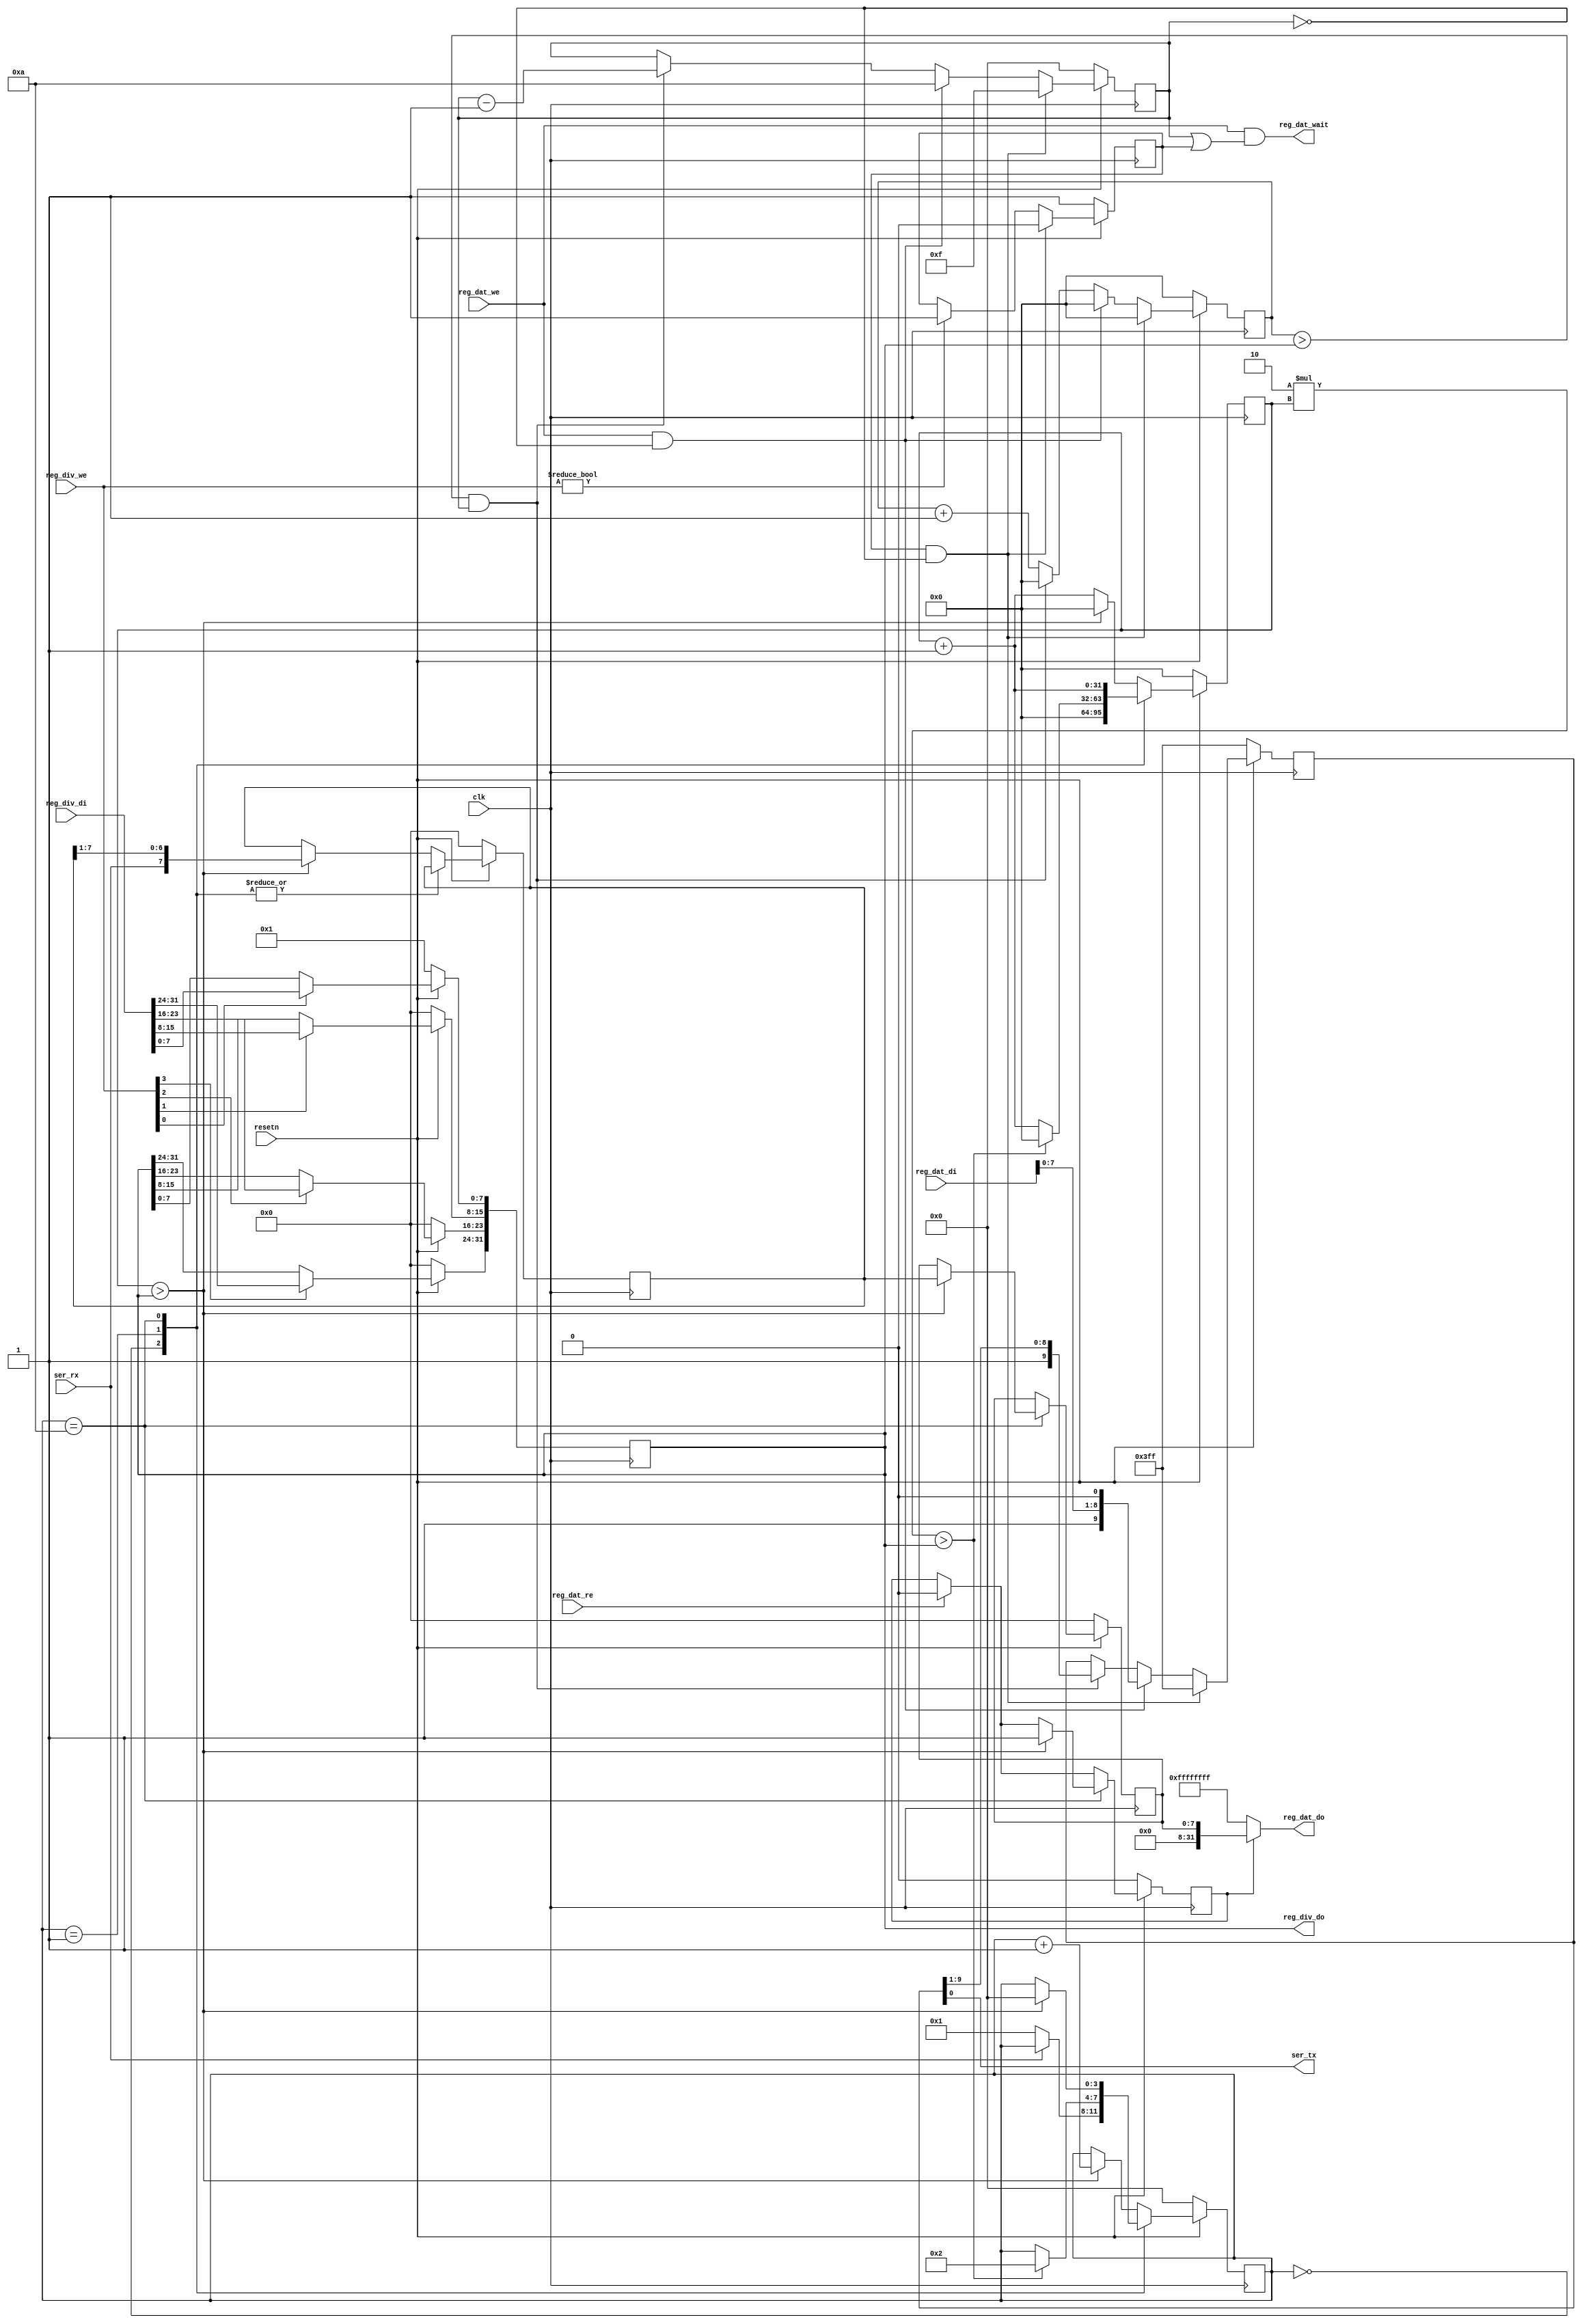
module simpleuart (
	input clk,
	input resetn,

	output ser_tx,
	input  ser_rx,

	input   [3:0] reg_div_we,
	input  [31:0] reg_div_di,
	output [31:0] reg_div_do,

	input         reg_dat_we,
	input         reg_dat_re,
	input  [31:0] reg_dat_di,
	output [31:0] reg_dat_do,
	output        reg_dat_wait
);
	reg [31:0] cfg_divider;

	reg [3:0] recv_state;
	reg [31:0] recv_divcnt;
	reg [7:0] recv_pattern;
	reg [7:0] recv_buf_data;
	reg recv_buf_valid;

	reg [9:0] send_pattern;
	reg [3:0] send_bitcnt;
	reg [31:0] send_divcnt;
	reg send_dummy;

	assign reg_div_do = cfg_divider;

	assign reg_dat_wait = reg_dat_we && (send_bitcnt || send_dummy);
	assign reg_dat_do = recv_buf_valid ? recv_buf_data : ~0;

	always @(posedge clk) begin
		if (!resetn) begin
			cfg_divider <= 1;
		end else begin
			if (reg_div_we[0]) cfg_divider[ 7: 0] <= reg_div_di[ 7: 0];
			if (reg_div_we[1]) cfg_divider[15: 8] <= reg_div_di[15: 8];
			if (reg_div_we[2]) cfg_divider[23:16] <= reg_div_di[23:16];
			if (reg_div_we[3]) cfg_divider[31:24] <= reg_div_di[31:24];
		end
	end

	always @(posedge clk) begin
		if (!resetn) begin
			recv_state <= 0;
			recv_divcnt <= 0;
			recv_pattern <= 0;
			recv_buf_data <= 0;
			recv_buf_valid <= 0;
		end else begin
			recv_divcnt <= recv_divcnt + 1;
			if (reg_dat_re)
				recv_buf_valid <= 0;
			case (recv_state)
				0: begin
					if (!ser_rx)
						recv_state <= 1;
					recv_divcnt <= 0;
				end
				1: begin
					if (2*recv_divcnt > cfg_divider) begin
						recv_state <= 2;
						recv_divcnt <= 0;
					end
				end
				10: begin
					if (recv_divcnt > cfg_divider) begin
						recv_buf_data <= recv_pattern;
						recv_buf_valid <= 1;
						recv_state <= 0;
					end
				end
				default: begin
					if (recv_divcnt > cfg_divider) begin
						recv_pattern <= {ser_rx, recv_pattern[7:1]};
						recv_state <= recv_state + 1;
						recv_divcnt <= 0;
					end
				end
			endcase
		end
	end

	assign ser_tx = send_pattern[0];

	always @(posedge clk) begin
		if (reg_div_we)
			send_dummy <= 1;
		send_divcnt <= send_divcnt + 1;
		if (!resetn) begin
			send_pattern <= ~0;
			send_bitcnt <= 0;
			send_divcnt <= 0;
			send_dummy <= 1;
		end else begin
			if (send_dummy && !send_bitcnt) begin
				send_pattern <= ~0;
				send_bitcnt <= 15;
				send_divcnt <= 0;
				send_dummy <= 0;
			end else
			if (reg_dat_we && !send_bitcnt) begin
				send_pattern <= {1'b1, reg_dat_di[7:0], 1'b0};
				send_bitcnt <= 10;
				send_divcnt <= 0;
			end else
			if (send_divcnt > cfg_divider && send_bitcnt) begin
				send_pattern <= {1'b1, send_pattern[9:1]};
				send_bitcnt <= send_bitcnt - 1;
				send_divcnt <= 0;
			end
		end
	end
endmodule